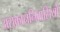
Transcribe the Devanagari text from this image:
अराकाननिवासियों